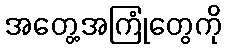
အတွေ့အကြုံတွေကို